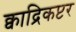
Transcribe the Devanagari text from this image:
क्वाद्रिकप्टर